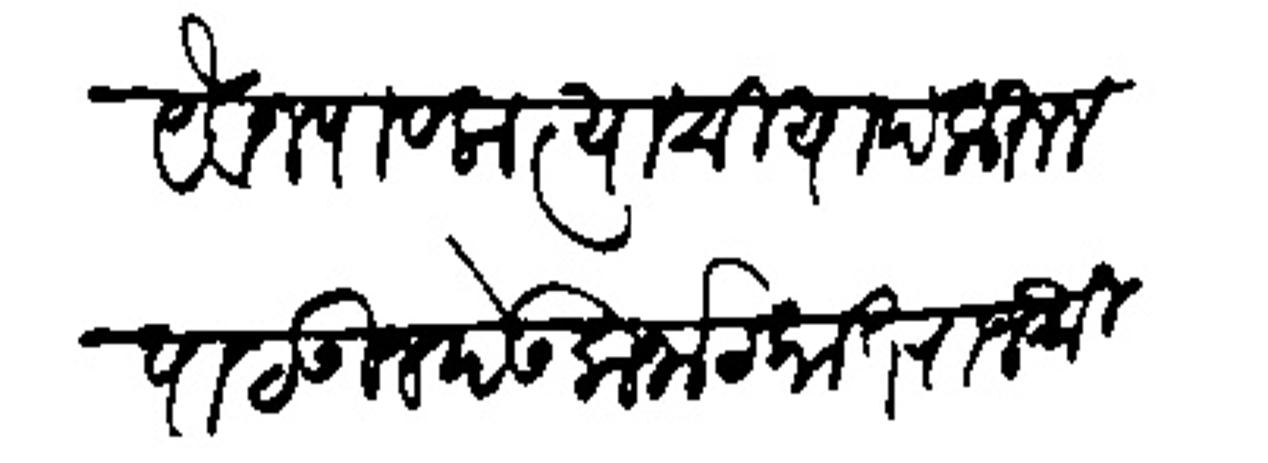
Transliteration (Devanagari): येवज पावला त्याची याद करून पाठऊन देऊ कर्नाटकात राजश्री